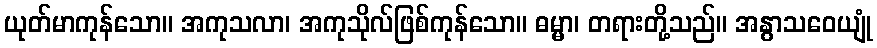
ယုတ်မာကုန်သော။ အကုသလာ၊ အကုသိုလ်ဖြစ်ကုန်သော။ ဓမ္မာ၊ တရားတို့သည်။ အနွာသဝေယျုံ